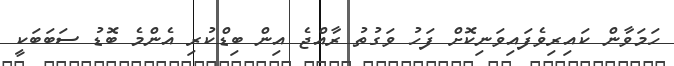
ހަމަވާން ކައިރިވެފައިވަނިކޮށް ފަހު ވަގުތު ރާއްޖެ އިން ބިޑްކުރި އެންމެ ބޮޑު ސަބަބަކީ